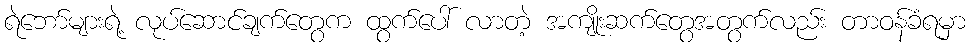
ရဲဘော်များရဲ့ လုပ်ဆောင်ချက်တွေက ထွက်ပေါ် လာတဲ့ အကျိုးဆက်တွေအတွက်လည်း တာဝန်ခံရမှာ